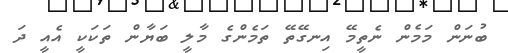
ބުނަން މަމެން ނެތީމޭ އިނގޭތޭ ތަމެންގެ މާލީ ބަޔާން ތަކަކީ އެއީ ދަ